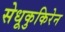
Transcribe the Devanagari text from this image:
सेधूकुकिरेन